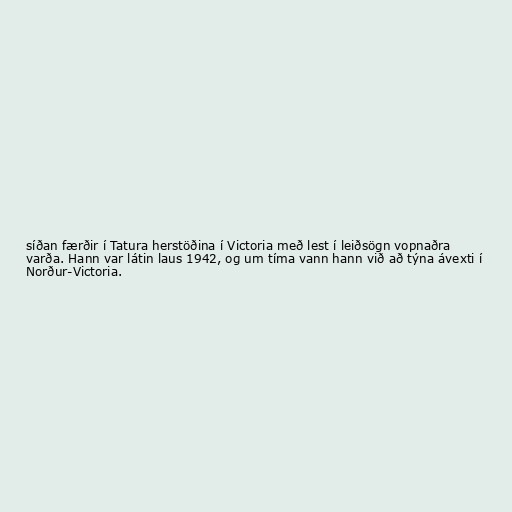
síðan færðir í Tatura herstöðina í Victoria með lest í leiðsögn vopnaðra
varða. Hann var látin laus 1942, og um tíma vann hann við að týna ávexti í
Norður-Victoria.